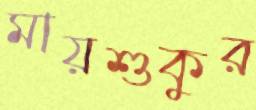
মায়শুকুর